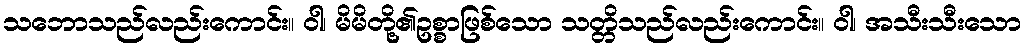
သဘောသည်လည်းကောင်း။ ဝါ၊ မိမိတို့၏ဥစ္စာဖြစ်သော သတ္တိသည်လည်းကောင်း။ ဝါ၊ အသီးသီးသော